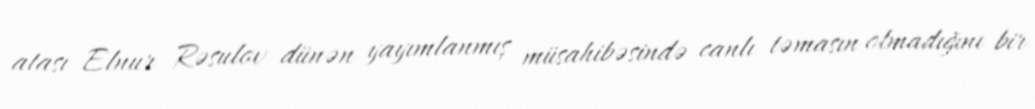
atası Elnur Rəsulov dünən yayımlanmış müsahibəsində canlı təmasın olmadığını bir